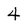
Character: 4